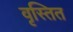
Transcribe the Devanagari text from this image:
वृस्तित